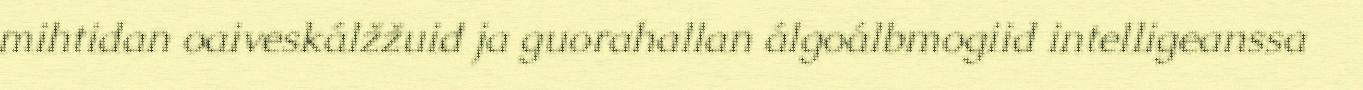
mihtidan oaiveskálžžuid ja guorahallan álgoálbmogiid intelligeanssa